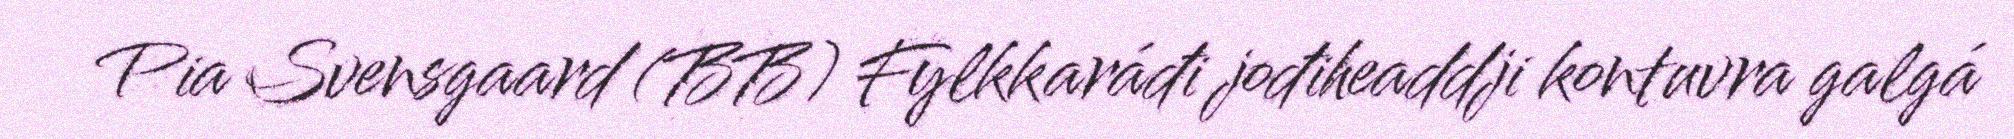
Pia Svensgaard (BB) Fylkkaráđi jođiheaddji kontuvra galgá